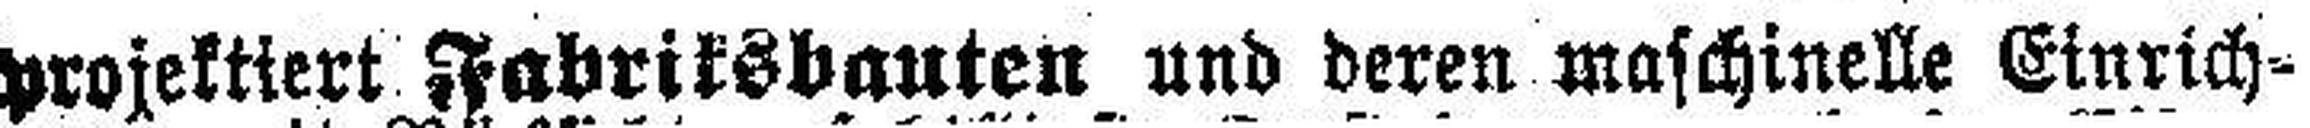
projektiert Fabriksbauten und deren maschinelle Einrich¬